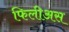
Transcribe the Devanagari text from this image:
फिलीअस